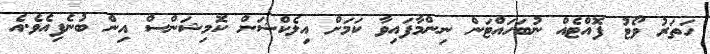
ހަތަރު ވޯޓު ފޮއްޓެއް ނުބަހައްޓަން ނިންމާފައިވާ ކަމަށް އިލެކްޝަން ކޮމިޝަންސް އިން ބުނެފިއެވެ.އެ